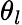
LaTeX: \theta_{l}